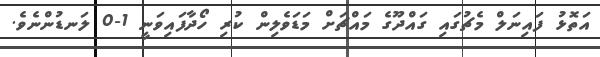
އަތޮޅު ފައިނަލް މެޗުގައި ގައްދޫގެ މައްޗަށް މަޑަވެލިން ކުރި ހޯދާފައިވަނީ 1-0 ލަނޑުންނެވެ.